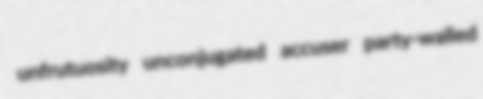
unfrutuosity unconjugated accuser party-walled